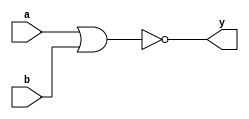
`timescale 1ns / 1ps
//////////////////////////////////////////////////////////////////////////////////
// Company: 
// Engineer: 
// 
// Design Name: 
// Module Name:    NOR_GATE 
// Project Name: 
// Target Devices: 
// Tool versions: 
// Description: 
//
// Dependencies: 
//
// Revision: 
// Revision 0.01 - File Created
// Additional Comments: 
//
//////////////////////////////////////////////////////////////////////////////////
module NOR_GATE(
    input a,
    input b,
    output y
    );

nor(y,a,b);
endmodule